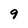
Character: 9